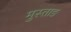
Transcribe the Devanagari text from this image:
मुस्ताङ